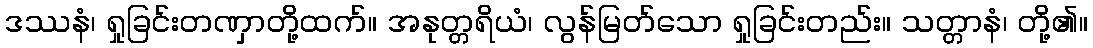
ဒဿနံ၊ ရှုခြင်းတဏှာတို့ထက်။ အနုတ္တရိယံ၊ လွန်မြတ်သော ရှုခြင်းတည်း။ သတ္တာနံ၊ တို့၏။